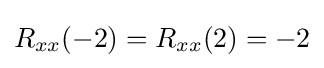
R_{xx}(-2)=R_{xx}(2)=-2